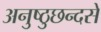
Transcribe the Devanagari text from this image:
अनुष्ठुछन्दसे